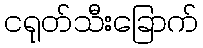
ငရုတ်သီးခြောက်